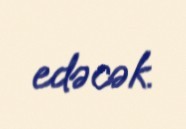
edəcək.